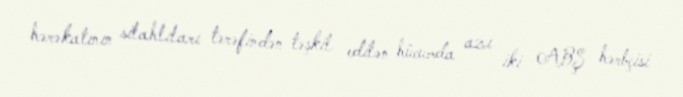
hərəkatının silahlıları tərəfindən təşkil edilən hücumda azı iki ABŞ hərbçisi